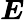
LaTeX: \boldsymbol{E}